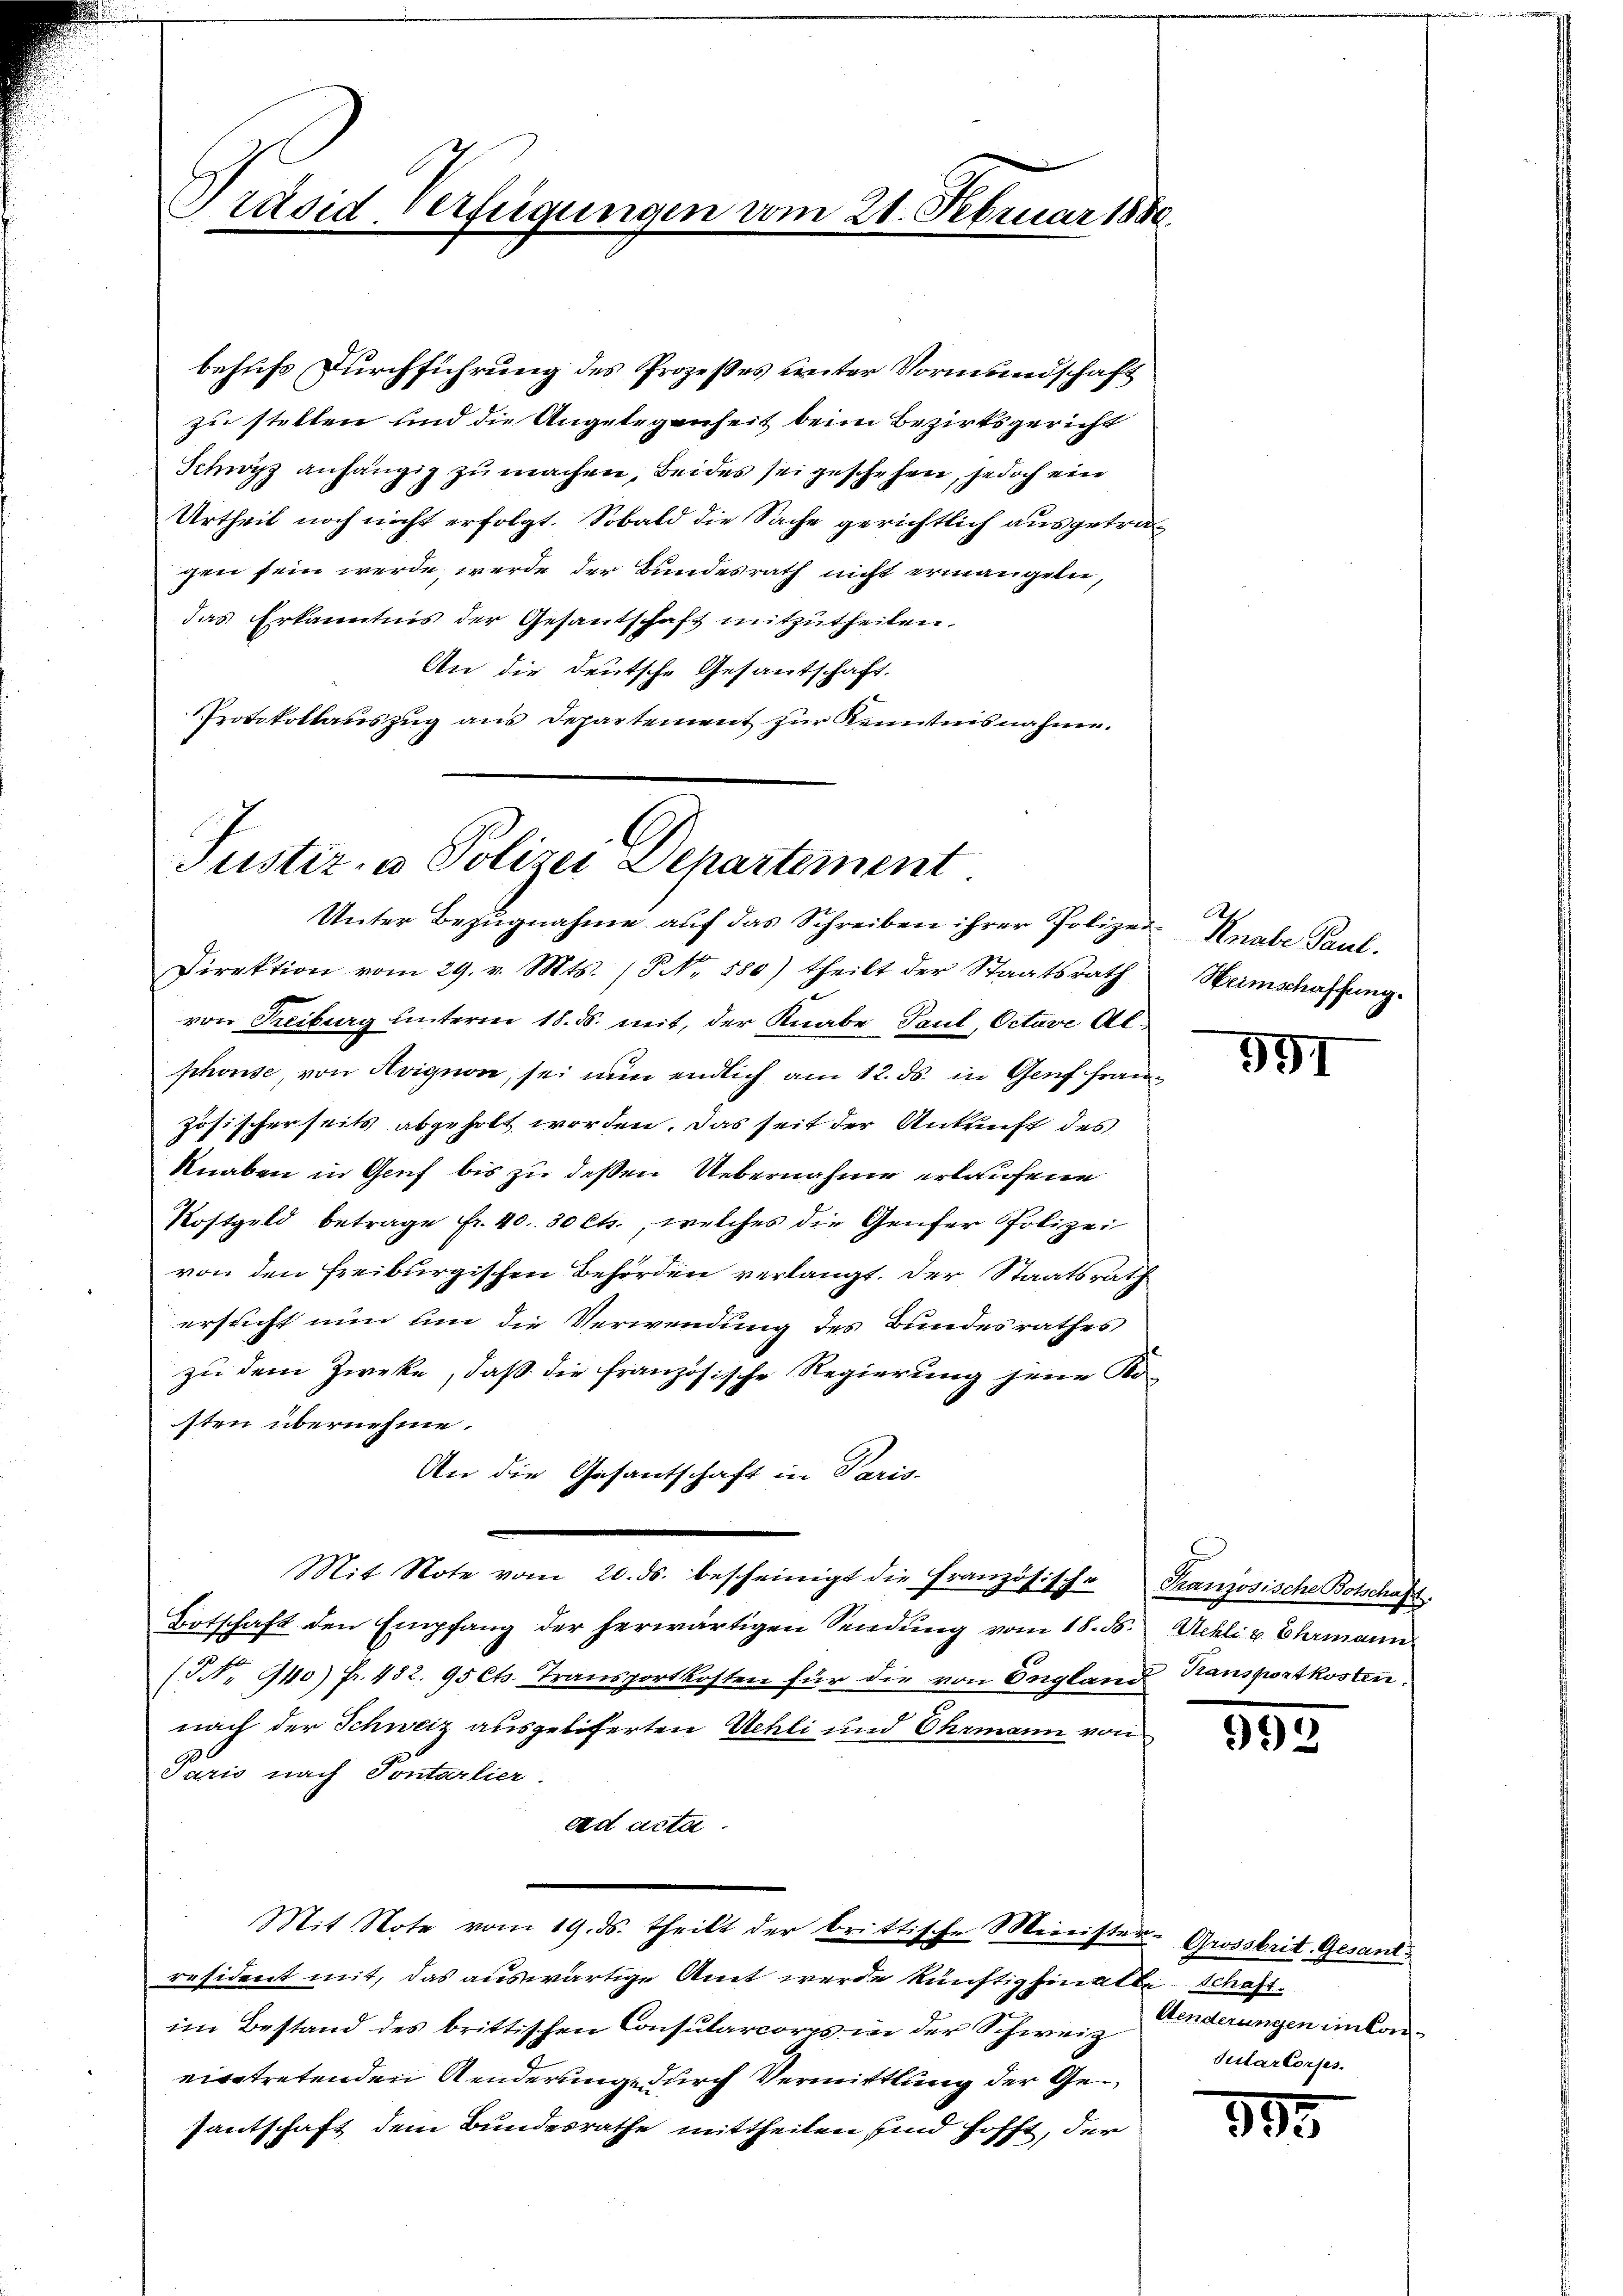
Präsid. Verfügungen vom 21. Februar 1880

behufs Durchführung des Prozeßes unter Vormundschaft
zu stellen und die Angelegenheit beim Bezirksgericht
Schwyz anhängig zu machen, beides sei geschehen, jedoch ein
Urtheil noch nicht erfolgt. Sobald die Sache gerichtlich ausgetragen sein werde, werde der Bundesrath nicht ermangeln,
das Erkanntnis der Gesantschaft mitzutheilen.
An die deutsche Gesantschaft.
Protokollauszug aus Departement zur Kenntnisnahme.

Tuster- u Polizei Departement
Unter Bezugnahme auf das Schreiben ihrer Polizei¬

Direktion vom 29. v. Mts. (N. 880) theilt der Staatsrath
von Freiburg unterm 18. ds. mit, der Knabe Paul, Octave Alphonse, von Avignon, sei nun endlich am 12. ds. in Genf französischerseits abgeholt worden. Das seit der Ankunft des
Knaben in Genf bis zu deßen Uebernahme erlaufene
Kostgeld betrage fr. 40. 30 Cts., welches die Genfer Polizei
von den Freiburgischen Behörden verlangt. Der Staatsrath
ersticht nun um die Verwendung des Bundesrathes
zu dem Zweke, daß die französische Regierung jene Ko-
sten übernehme.
An die Gesantschaft in Paris-
Mit Note vom 20. ds. bescheinigt die Französische Französische Botschaft.
Botschaft den Empfang der herwärtigen Sendung vom 18. d. Schli v. Ehrmann
(NNo. 940) Fr. 432. 95 Cts. Transportkosten für die von England Transportkosten.
nach der Schweiz ausgeliferten Uehli und Ehrmann von
Jario nach Sontarlier.
ad acta.
Mit Note vom 19. ds. theilt der brittische Minister- Grossbrit. Gesandresident mit, das auswärtige Amt werde künftighin alte Schaftim Bestand des brittischen Consularcorps in der Schweiz
eigetretenden Aenderung durch Vermittlung der Gesantschaft dem Bundesrathe mittheilen, sind hofft, der

Knabe Paul.
Heimschaffung.

591

893

Aenderungen im Con¬
Sularkorps

383